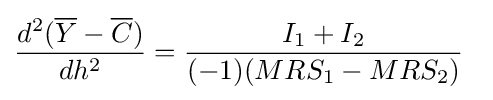
{\frac {d^{2}({\overline {Y}}-{\overline {C}})}{dh^{2}}}={\frac {I_{1}+I_{2}}{(-1)(MRS_{1}-MRS_{2})}}\;\;